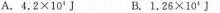
A.4.2×10^{4}J B.1.26×10^{4}J